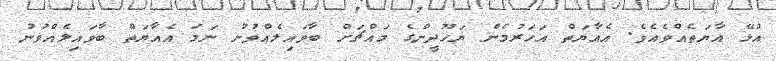
އުޅޭ އާޔަތެއްވެއެވެ. އެއާޔަތް އަހަރުމެން ޔަހޫދީންގެ މައްޗަށް ބާވައިލެއްވުނު ނަމަ އެއާޔަތް ބާވައިލެއްވުނު